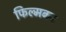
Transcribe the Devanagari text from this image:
फिल्मबन